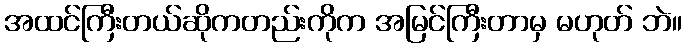
အထင်ကြီးတယ်ဆိုကတည်းကိုက အမြင်ကြီးတာမှ မဟုတ် ဘဲ။